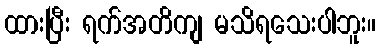
ထားပြီး ရက်အတိကျ မသိရသေးပါဘူး။